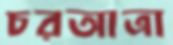
চরআত্রা